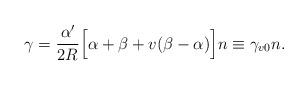
LaTeX: \begin{align*}\gamma=\frac{\alpha^{\prime}}{2R}\Big[\alpha+\beta +v(\beta -\alpha) \Big]n \equiv \gamma_{v0}n.\end{align*}